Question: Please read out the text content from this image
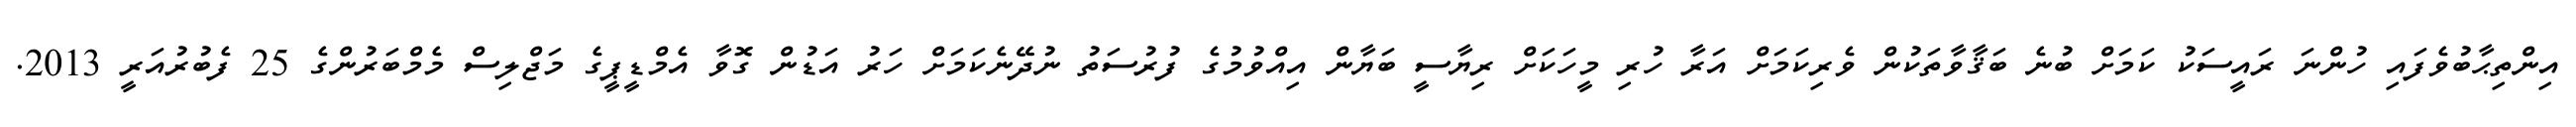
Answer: އިންތިޙާބުވެފައި ހުންނަ ރައީސަކު ކަމަށް ބުނެ ބަޤާވާތަކުން ވެރިކަމަށް އަރާ ހުރި މީހަކަށް ރިޔާސީ ބަޔާން އިއްވުމުގެ ފުރުސަތު ނުދޭނެކަމަށް ހަރު އަޑުން ގޮވާ އެމްޑީޕީގެ މަޖްލިސް މެމްބަރުންގެ 25 ފެބުރުއަރީ 2013.